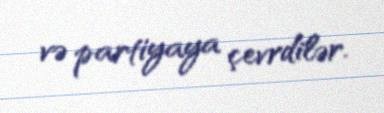
və partiyaya çevrdilər.